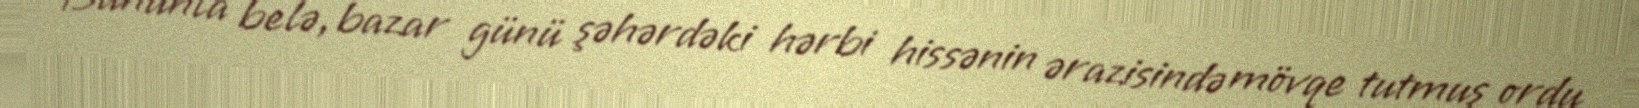
Bununla belə, bazar günü şəhərdəki hərbi hissənin ərazisində mövqe tutmuş ordu